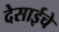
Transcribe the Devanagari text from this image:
देसाईचे